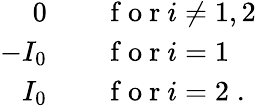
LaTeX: \begin{array}{rl}{0\quad}&{{}\mathrm{~f~o~r~}i\neq 1,2}\\ {-I_{0}\quad}&{{}\mathrm{~f~o~r~}i=1}\\ {I_{0}\quad}&{{}\mathrm{~f~o~r~}i=2\; .}\end{array}